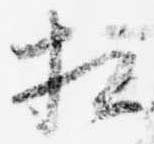
相